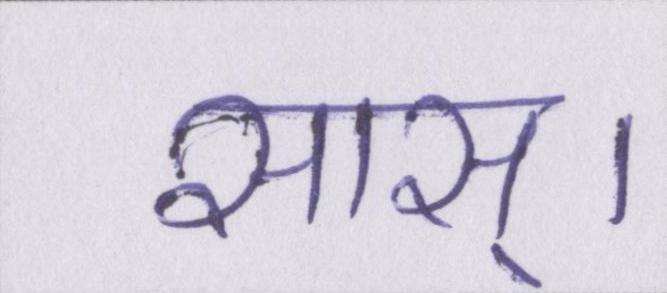
सास्।